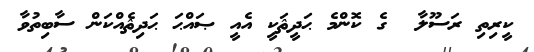
ކީރިތި ރަސޫލާ  ގެ ކޮންމެ ޙަދީޘަކީ އެއީ ޞައްޙަ ޙަދިޘެއްކަން ސާބިތުވާ